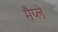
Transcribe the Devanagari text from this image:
मैप्ले